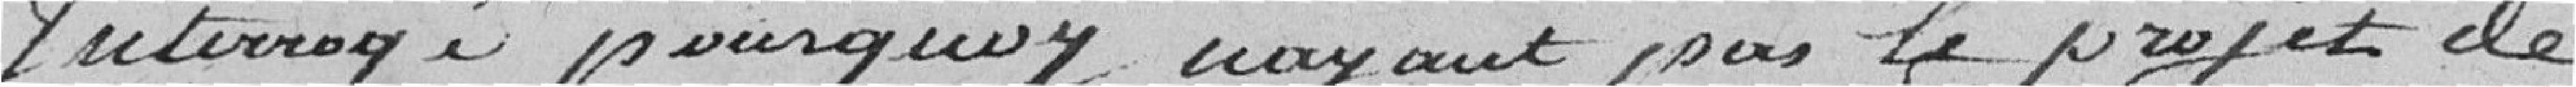
Interrogé pourquoi n'ayant pas le projet de